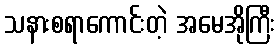
သနားစရာကောင်းတဲ့ အမေအိုကြီး